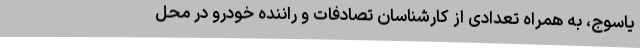
یاسوج، به همراه تعدادی از کارشناسان تصادفات و راننده خودرو در محل